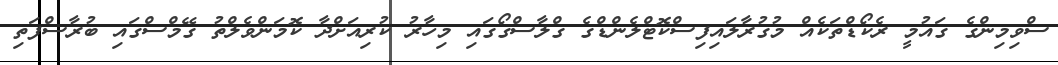
ސްވިމިންގެ ގައުމީ ރެކޯޑްތަކެއް މުގުރާލައިފިސްކޮޓްލެންޑްގެ ގްލާސްގޯގައި މިހާރު ކުރިއަށްދާ ކޮމަންވެލްތު ގޭމްސްގައި ބުރާސްފަތި